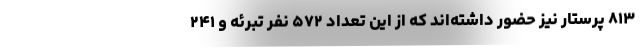
۸۱۳ پرستار نیز حضور داشته‌اند که از این تعداد ۵۷۲ نفر تبرئه و ۲۴۱